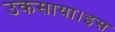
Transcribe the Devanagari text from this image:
उकसाया।इस